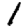
Digit: 1